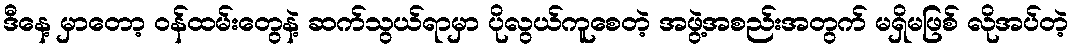
ဒီနေ့ မှာတော့ ဝန်ထမ်းတွေနဲ့ ဆက်သွယ်ရာမှာ ပိုလွယ်ကူစေတဲ့ အဖွဲ့အစည်းအတွက် မရှိမဖြစ် လိုအပ်တဲ့